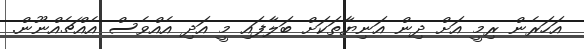
އަހަރެން ރިމީ އަށް ދިން އަނިޔާތަކަށް ބަލާފައި މީ އަދި އެއްވެސް އެއްޗެއްނޫން.